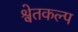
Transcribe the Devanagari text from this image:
श्वेतकल्प